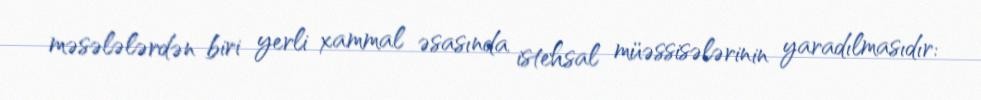
məsələlərdən biri yerli xammal əsasında istehsal müəssisələrinin yaradılmasıdır: